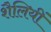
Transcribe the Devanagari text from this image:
शैलियीं